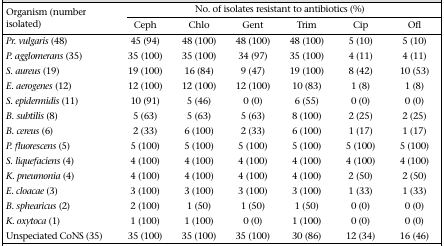
<table><thead><tr><td rowspan="2"><b>Organism (number isolated)</b></td><td colspan="6"><b>No. of isolates resistant to antibiotics (%)</b></td></tr><tr><td><b>Ceph</b></td><td><b>Chlo</b></td><td><b>Gent</b></td><td><b>Trim</b></td><td><b>Cip</b></td><td><b>Ofl</b></td></tr></thead><tbody><tr><td><i>Pr. vulgaris</i> (48)</td><td>45 (94)</td><td>48 (100)</td><td>48 (100)</td><td>48 (100)</td><td>5 (10)</td><td>5 (10)</td></tr><tr><td><i>P. agglomerans</i> (35)</td><td>35 (100)</td><td>35 (100)</td><td>34 (97)</td><td>35 (100)</td><td>4 (11)</td><td>4 (11)</td></tr><tr><td><i>S. aureus</i> (19)</td><td>19 (100)</td><td>16 (84)</td><td>9 (47)</td><td>19 (100)</td><td>8 (42)</td><td>10 (53)</td></tr><tr><td><i>E. aerogenes</i> (12)</td><td>12 (100)</td><td>12 (100)</td><td>12 (100)</td><td>10 (83)</td><td>1 (8)</td><td>1 (8)</td></tr><tr><td><i>S. epidermidis</i> (11)</td><td>10 (91)</td><td>5 (46)</td><td>0 (0)</td><td>6 (55)</td><td>0 (0)</td><td>0 (0)</td></tr><tr><td><i>B. subtilis</i> (8)</td><td>5 (63)</td><td>5 (63)</td><td>5 (63)</td><td>8 (100)</td><td>2 (25)</td><td>2 (25)</td></tr><tr><td><i>B. cereus</i> (6)</td><td>2 (33)</td><td>6 (100)</td><td>2 (33)</td><td>6 (100)</td><td>1 (17)</td><td>1 (17)</td></tr><tr><td><i>P. fluorescens</i> (5)</td><td>5 (100)</td><td>5 (100)</td><td>5 (100)</td><td>5 (100)</td><td>5 (100)</td><td>5 (100)</td></tr><tr><td><i>S. liquefaciens</i> (4)</td><td>4 (100)</td><td>4 (100)</td><td>4 (100)</td><td>4 (100)</td><td>4 (100)</td><td>4 (100)</td></tr><tr><td><i>K. pneumonia</i> (4)</td><td>4 (100)</td><td>4 (100)</td><td>4 (100)</td><td>4 (100)</td><td>2 (50)</td><td>2 (50)</td></tr><tr><td><i>E. cloacae</i> (3)</td><td>3 (100)</td><td>3 (100)</td><td>3 (100)</td><td>3 (100)</td><td>1 (33)</td><td>1 (33)</td></tr><tr><td><i>B. sphearicus</i> (2)</td><td>2 (100)</td><td>1 (50)</td><td>1 (50)</td><td>1 (50)</td><td>0 (0)</td><td>0 (0)</td></tr><tr><td><i>K. oxytoca</i> (1)</td><td>1 (100)</td><td>1 (100)</td><td>0 (0)</td><td>1 (100)</td><td>0 (0)</td><td>0 (0)</td></tr><tr><td>Unspeciated CoNS (35)</td><td>35 (100)</td><td>35 (100)</td><td>35 (100)</td><td>30 (86)</td><td>12 (34)</td><td>16 (46)</td></tr></tbody></table>